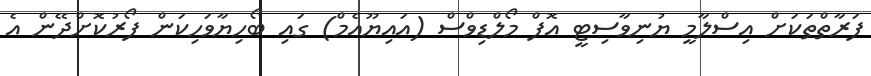
ފަރާތްތަކަށް އިސްލާމީ ޔުނިވާސިޓީ އޮފް މޯލްޑިވްސް (އައިޔޫއެމް) ގައި ބޯހިޔާވަހިކަން ފޯރުކޮށްދޭން އެ